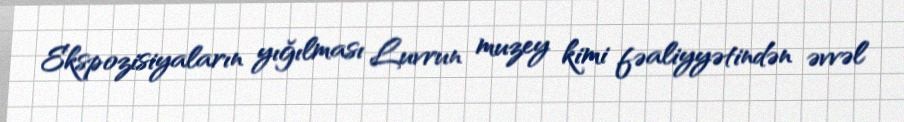
Ekspozisiyaların yığılması Luvrun muzey kimi fəaliyyətindən əvvəl